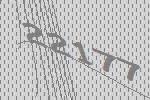
22177